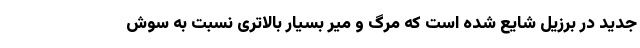
جدید در برزیل شایع شده است که مرگ و میر بسیار بالاتری نسبت به سوش